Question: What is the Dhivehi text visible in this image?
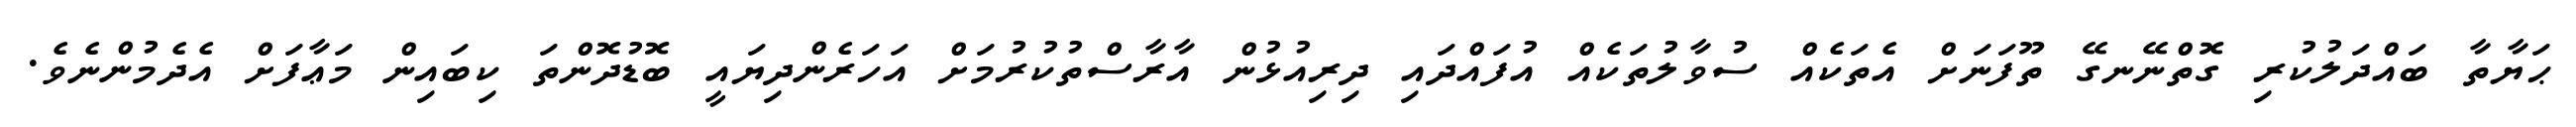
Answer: ޙަޔާތާ ބައްދަލުކުރި ގޮތްނޭނގޭ ތޫފަނަށް އެތަކެއް ސުވާލުތަކެއް އުފައްދައި ދިރިއުޅުން އާރާސްތުކުރުމަށް އަހަރެންދިޔައީ ބޮޑުދޮންތަ ކިބައިން މަޢާފަށް އެދެމުންނެވެ.